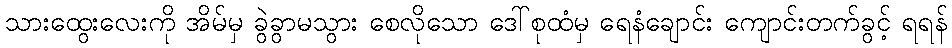
သားထွေးလေးကို အိမ်မှ ခွဲခွာမသွား စေလိုသော ဒေါ်စုထံမှ ရေနံချောင်း ကျောင်းတက်ခွင့် ရရန်